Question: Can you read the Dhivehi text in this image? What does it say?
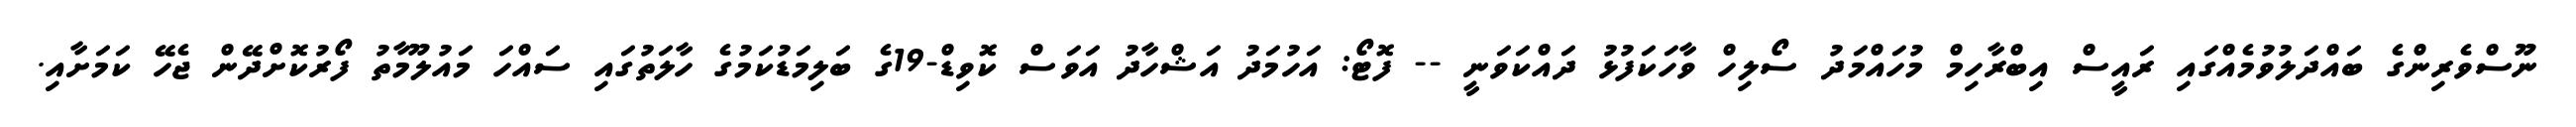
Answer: ނޫސްވެރިންގެ ބައްދަލުވުމެއްގައި ރައީސް އިބްރާހިމް މުހައްމަދު ސޯލިހް ވާހަކަފުޅު ދައްކަވަނީ -- ފޮޓޯ: އަހުމަދު އަޝްހާދު އަވަސް ކޮވިޑް-19ގެ ބަލިމަޑުކަމުގެ ހާލަތުގައި ސައްހަ މައުލޫމާތު ފޯރުކޮށްދޭން ޖެހޭ ކަމަށާއި.